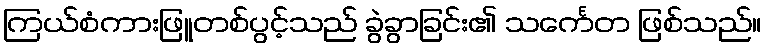
ကြယ်စံကားဖြူတစ်ပွင့်သည် ခွဲခွာခြင်း၏ သင်္ကေတ ဖြစ်သည်။